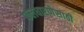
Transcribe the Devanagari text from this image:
फलधारणेसाठी